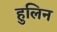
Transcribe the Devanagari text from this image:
हुलिन